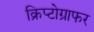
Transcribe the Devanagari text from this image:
क्रिप्टोग्राफर